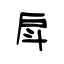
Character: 戽